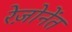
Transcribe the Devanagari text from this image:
रेज़ोनेंत